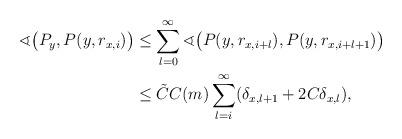
LaTeX: \begin{align*} \sphericalangle\big(P_y,P(y,r_{x,i})\big) &\leq \sum \limits_{l=0}^{\infty} \sphericalangle\big(P(y,r_{x,i+l}),P(y,r_{x,i+l+1})\big) \\ &\leq \tilde C C(m) \sum_{l=i}^\infty (\delta_{x,l+1}+ 2 C \delta_{x,l}), \end{align*}